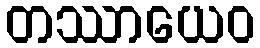
တဿာယေဝ